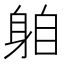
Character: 𨈻